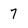
Character: 7